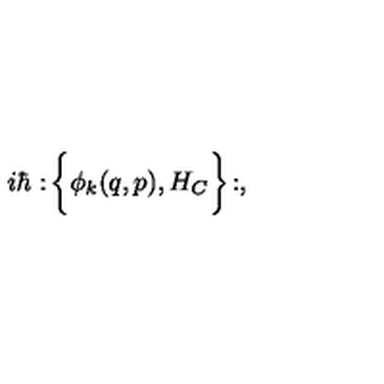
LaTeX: i \hbar : \! \bigg \{ \phi _ { k } ( q , p ) , H _ { C } \biggr \} \! : ,